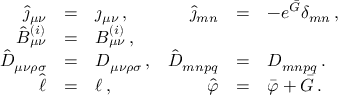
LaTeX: \begin{array} { r c l r c l } { { \hat { \jmath } _ { \mu \nu } } } & { { = } } & { { \jmath _ { \mu \nu } \, , } } & { { \hat { \jmath } _ { m n } } } & { { = } } & { { - e ^ { \bar { G } } \delta _ { m n } \, , } } \\ { { \hat { { \cal B } } _ { \mu \nu } ^ { ( i ) } } } & { { = } } & { { { \cal B } _ { \mu \nu } ^ { ( i ) } \, , } } & { { } } & { { } } & { { } } \\ { { \hat { D } _ { \mu \nu \rho \sigma } } } & { { = } } & { { D _ { \mu \nu \rho \sigma } \, , } } & { { \hat { D } _ { m n p q } } } & { { = } } & { { D _ { m n p q } \, . } } \\ { { \hat { \ell } } } & { { = } } & { { \ell \, , } } & { { \hat { \varphi } } } & { { = } } & { { \bar { \varphi } + \bar { G } \, . } } \end{array}